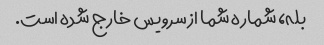
بله، شماره شما از سرویس خارج شده است.